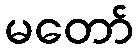
မတော်